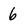
Character: 6